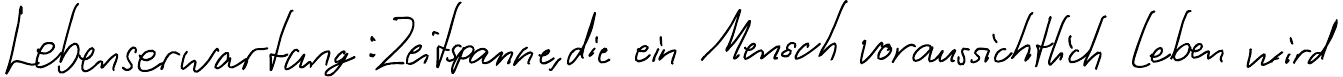
Lebenserwartung: Zeitspanne, die ein Mensch voraussichtlich leben wird